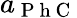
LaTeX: a_{\mathrm{~P~h~C~}}